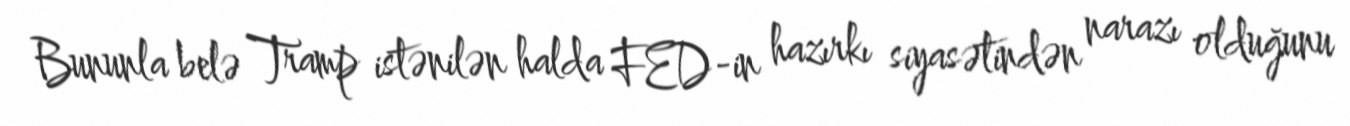
Bununla belə Tramp istənilən halda FED-in hazırkı siyasətindən narazı olduğunu